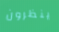
ينظرون